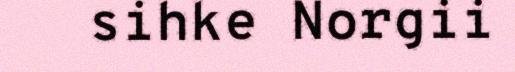
sihke Norgii